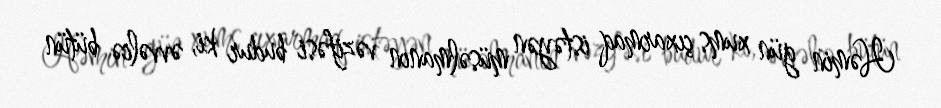
Həmin gün xums çıxarmaq istəyən müsəlmanın vəzifəsi budur ki, əvvəlcə bütün